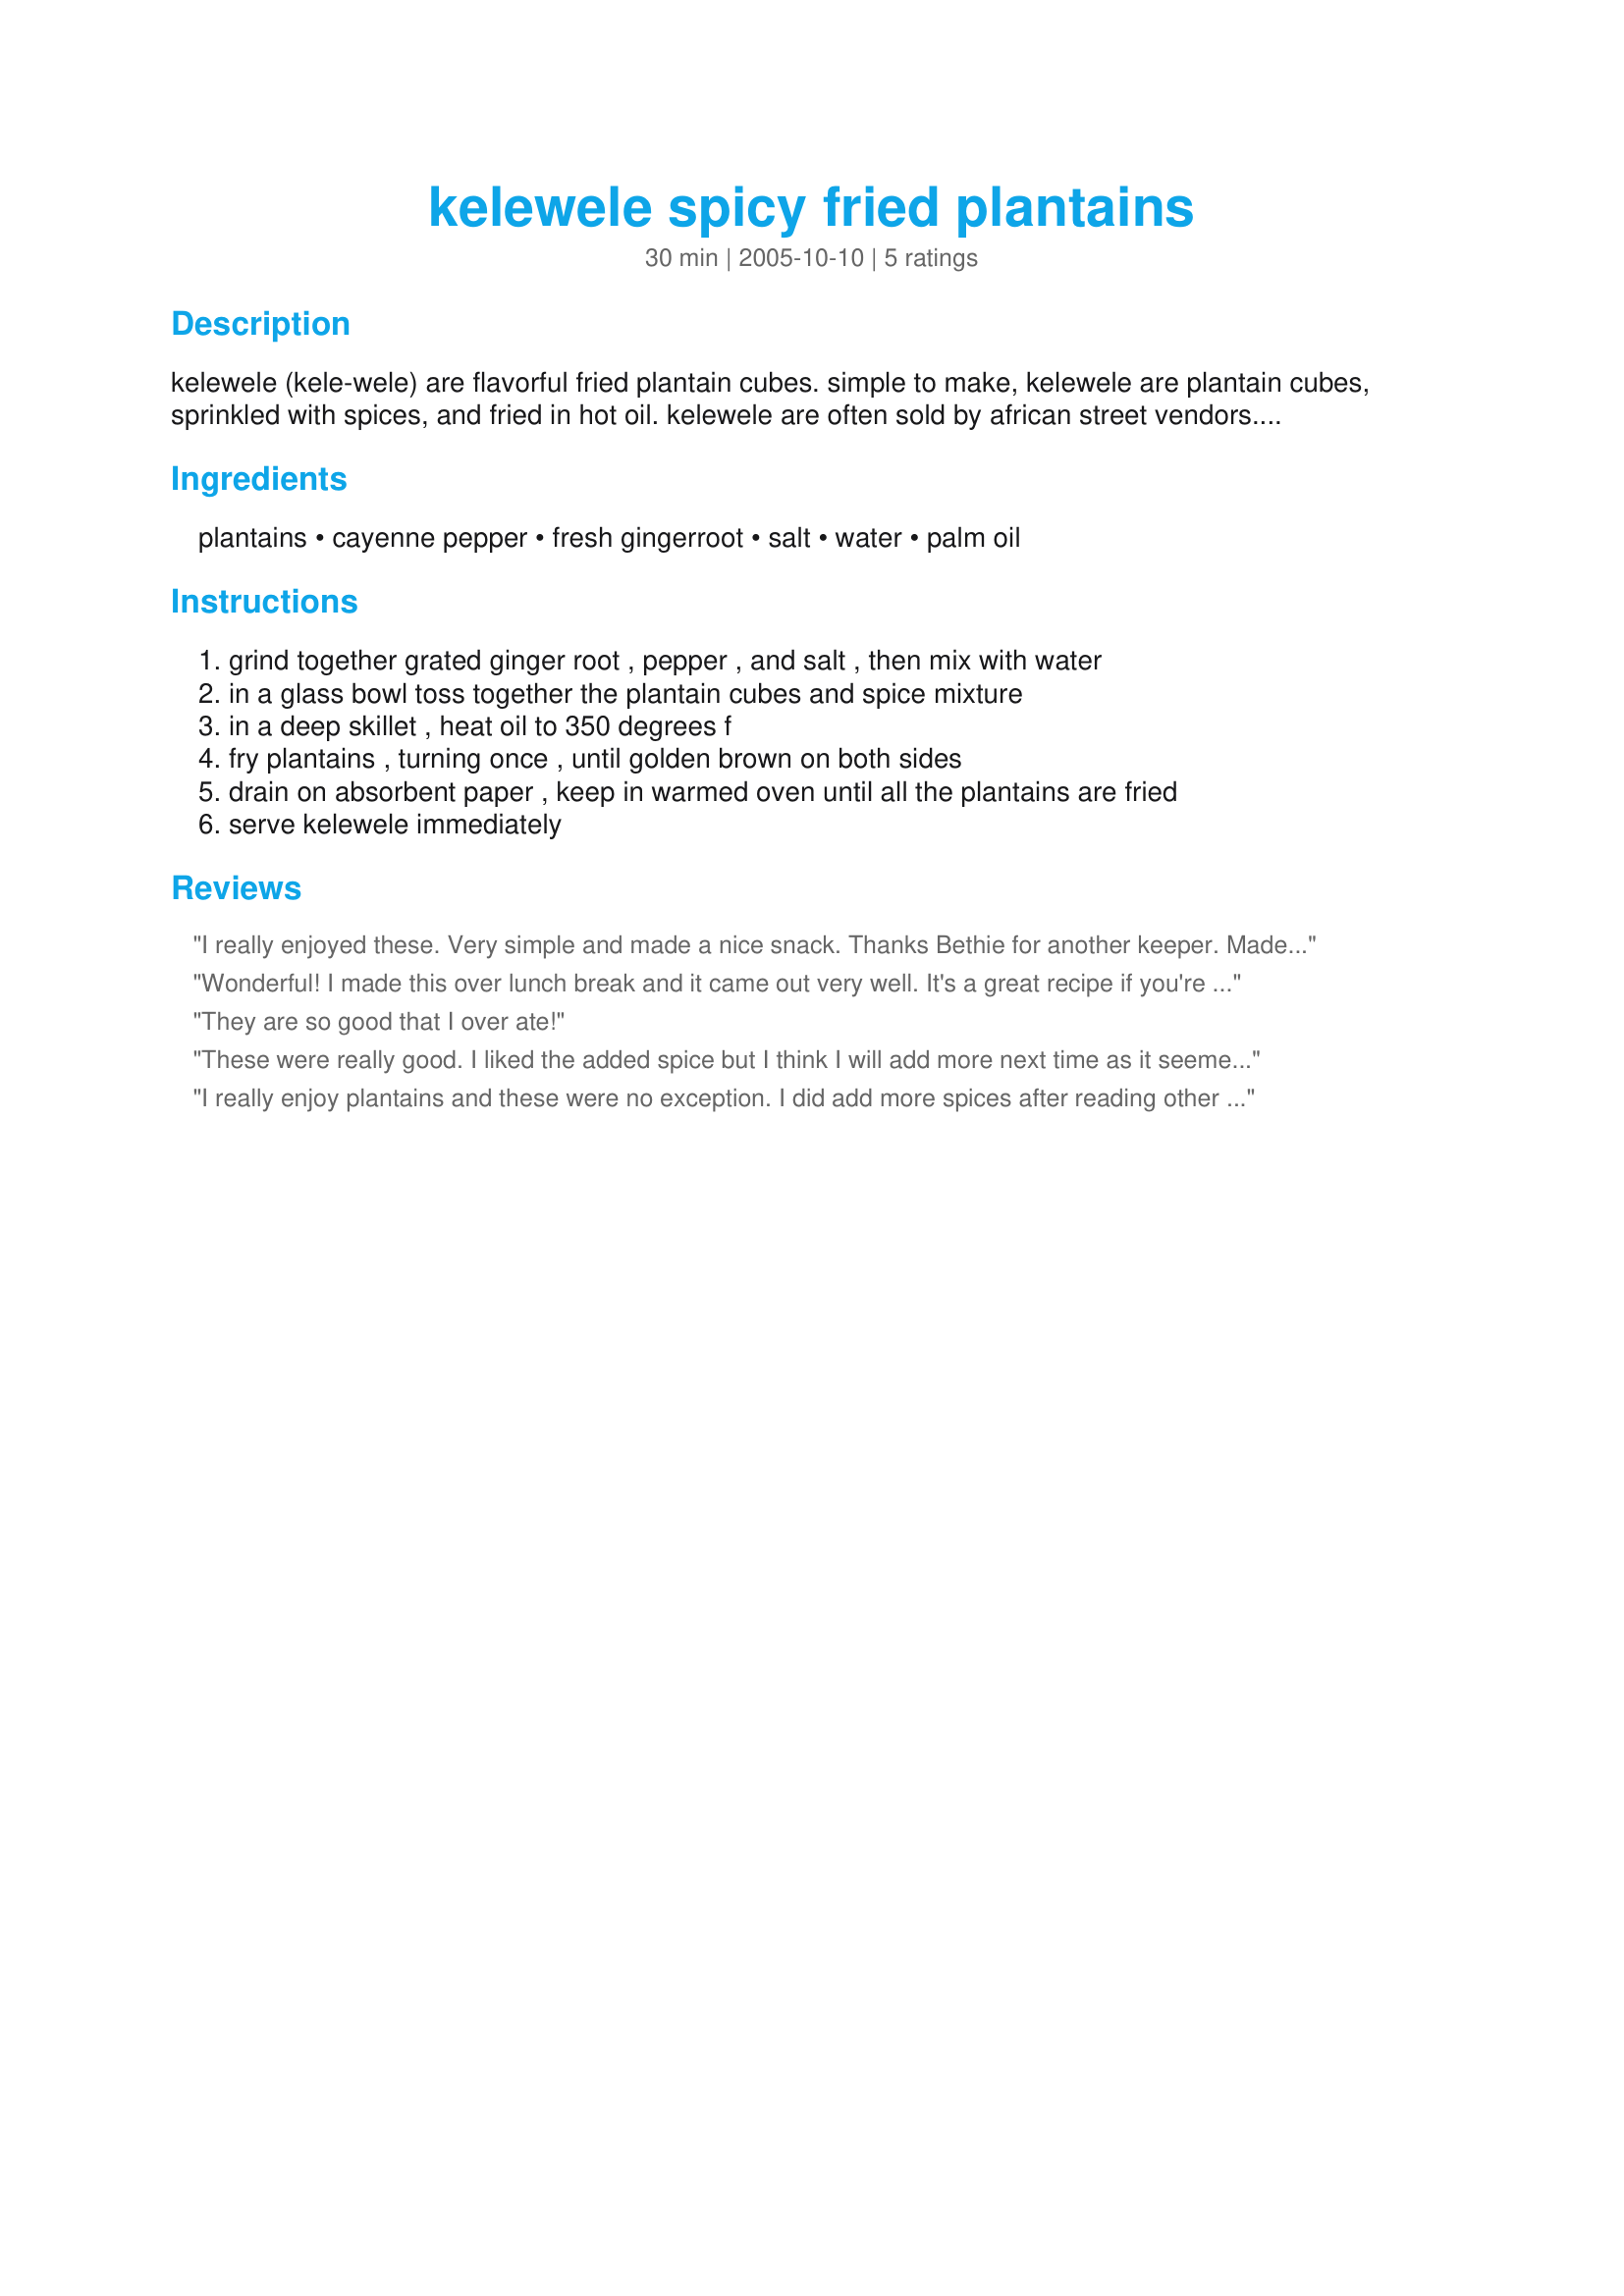
kelewele spicy fried plantains
Preparation time: 30 minutes

kelewele (kele-wele) are flavorful fried plantain cubes. simple to make, kelewele are plantain cubes, sprinkled with spices, and fried in hot oil. kelewele are often sold by african street vendors. originally from ghana, kelewele have been popularized in america by several kwanzaa books and websites.

fresh ginger, cayenne pepper, and salt seem to be the most typical combination of spices used to make kelewele. some recipes get a little fancier and add ground cloves, nutmeg, cinnamon, chili powder, or red pepper flakes. some replace the water with lemon juice; others use no liquid at all and call for the plantains to be tossed in the dry spices. letting the plantains marinate in the spice mixture for ten or twenty minutes is also recommended by some.

**and if your oil is properly hot, they won't absorb much oil & be low fat!! and plantains are good fiber. :)

Ingredients:
plantains, cayenne pepper, fresh gingerroot, salt, water, palm oil

Steps:
grind together grated ginger root , pepper , and salt , then mix with water, in a glass bowl toss together the plantain cubes and spice mixture, in a deep skillet , heat oil to 350 degrees f, fry plantains , turning once , until golden brown on both sides, drain on absorbent paper , keep in warmed oven until all the plantains are fried, serve kelewele immediately

Reviews:
I really enjoyed these. Very simple and made a nice snack. Thanks Bethie for another keeper. Made for ZWT7 by a fellow Emerald City Shaker.
Wonderful! I made this over lunch break and it came out very well. It's a great recipe if you're in a hurry. They're not quite like the ones I used to have at school though. Those had more ginger and some other spices. But overall, these were great.
They are so good that I over ate!
These were really good. I liked the added spice but I think I will add more next time as it seemed to diminish after frying... I also used plantains that were a bit too green (like tostones) but the recipe was kind and forgave the fruit... thanks Bethie!!!
I really enjoy plantains and these were no exception. I did add more spices after reading other reviews. What a treat this recipe was, quick and easy to make with great results. The plantains were crisp, soft, tender and had a nice heat. Thanks for sharing. Made for ZWT7
